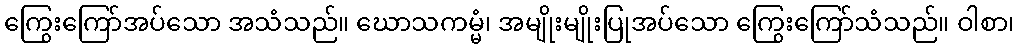
ကြွေးကြော်အပ်သော အသံသည်။ ဃောသကမ္မံ၊ အမျိုးမျိုးပြုအပ်သော ကြွေးကြော်သံသည်။ ဝါစာ၊